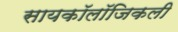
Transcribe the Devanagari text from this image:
सायकॉलॉजिकली